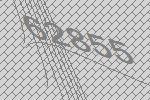
62855